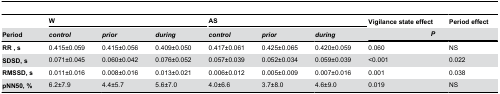
<table><thead><tr><td></td><td colspan="3"><b>W</b></td><td colspan="3"><b>AS</b></td><td><b>Vigilance state effect</b></td><td><b>Period effect</b></td></tr><tr><td><b>Period</b></td><td><b><i>control</i></b></td><td><b><i>prior</i></b></td><td><b><i>during</i></b></td><td><b><i>control</i></b></td><td><b><i>prior</i></b></td><td><b><i>during</i></b></td><td colspan="2"><b><i>P</i></b></td></tr></thead><tbody><tr><td><b>RR , s</b></td><td>0.415±0.059</td><td>0.415±0.056</td><td>0.409±0.050</td><td>0.417±0.061</td><td>0.425±0.065</td><td>0.420±0.059</td><td>0.060</td><td>NS</td></tr><tr><td><b>SDSD, s</b></td><td>0.071±0.045</td><td>0.060±0.042</td><td>0.076±0.052</td><td>0.057±0.039</td><td>0.052±0.034</td><td>0.059±0.039</td><td>&lt;0.001</td><td>0.022</td></tr><tr><td><b>RMSSD, s</b></td><td>0.011±0.016</td><td>0.008±0.016</td><td>0.013±0.021</td><td>0.006±0.012</td><td>0.005±0.009</td><td>0.007±0.016</td><td>0.001</td><td>0.038</td></tr><tr><td><b>pNN50, %</b></td><td>6.2±7.9</td><td>4.4±5.7</td><td>5.6±7.0</td><td>4.0±6.6</td><td>3.7±8.0</td><td>4.6±9.0</td><td>0.019</td><td>NS</td></tr></tbody></table>